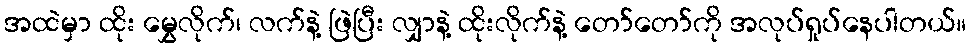
အထဲမှာ ထိုး မွှေလိုက်၊ လက်နဲ့ ဖြဲပြီး လျှာနဲ့ ထိုးလိုက်နဲ့ တော်တော်ကို အလုပ်ရှုပ်နေပါတယ်။